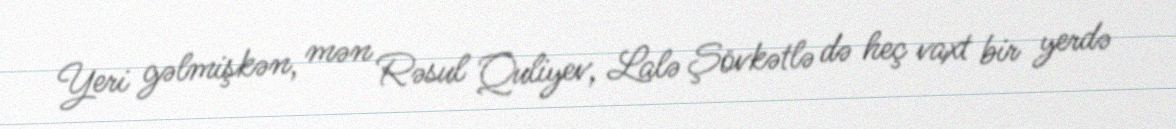
Yeri gəlmişkən, mən Rəsul Quliyev, Lalə Şövkətlə də heç vaxt bir yerdə